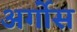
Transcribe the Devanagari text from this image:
अर्गोस